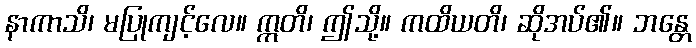
နာကာသိ၊ မပြုကျင့်လေ။ ဣတိ၊ ဤသို့။ ကထိယတိ၊ ဆိုအပ်၏။ ဘန္တေ